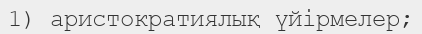
1) аристократиялық үйірмелер;